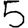
Digit: 5